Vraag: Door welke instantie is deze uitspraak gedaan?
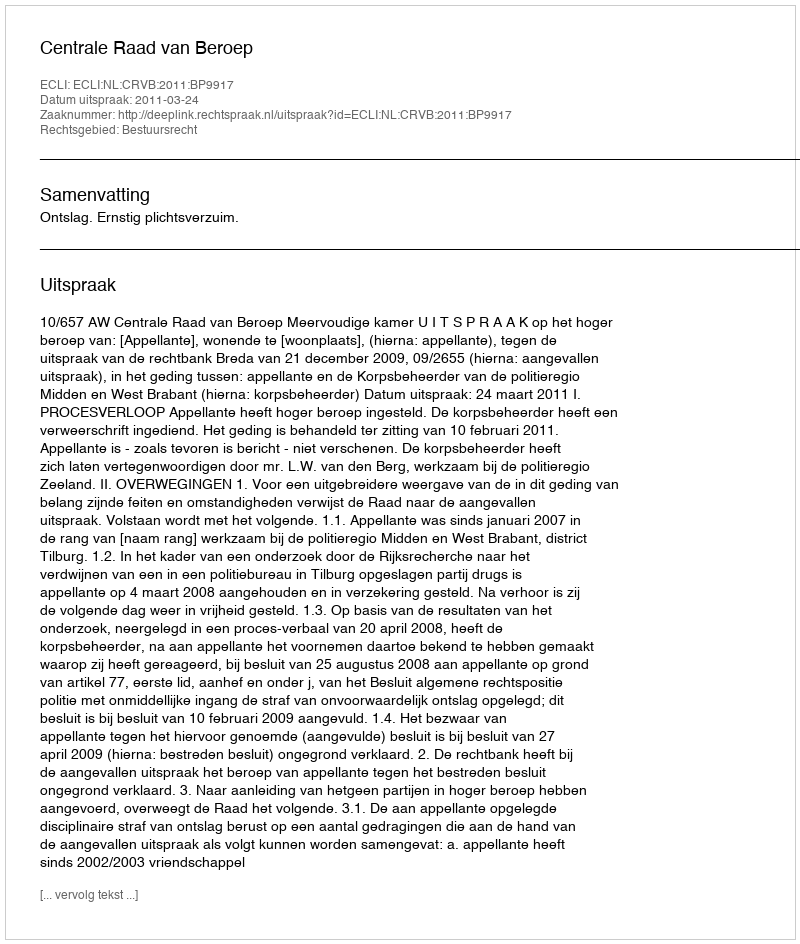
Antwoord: Centrale Raad van Beroep